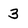
Character: 3